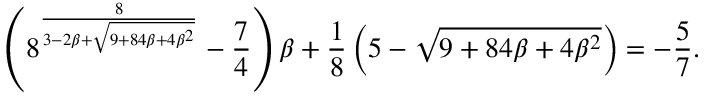
\left( 8 ^ { \frac { 8 } { 3 - 2 \beta + \sqrt { 9 + 8 4 \beta + 4 \beta ^ { 2 } } } } - \frac { 7 } { 4 } \right) \beta + \frac { 1 } { 8 } \left( 5 - \sqrt { 9 + 8 4 \beta + 4 \beta ^ { 2 } } \right) = - \frac { 5 } { 7 } .